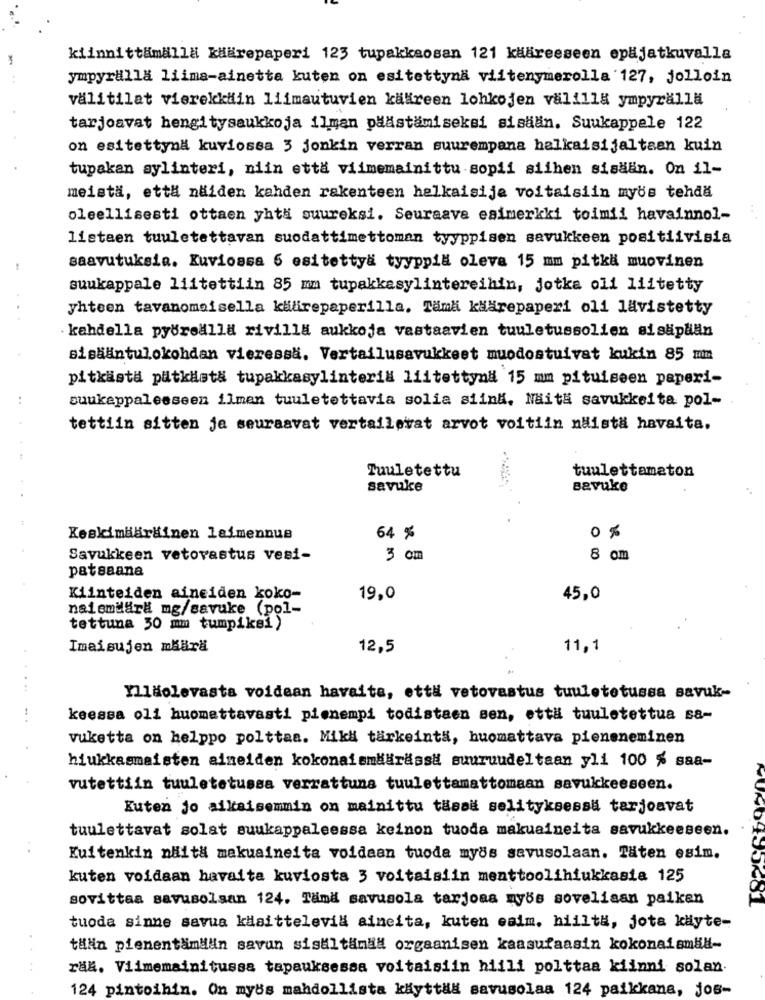
kiinnittämälla kükrepaperi 123 tupakkaosan 121 käareeseen opäjatkuvalla
ympyralla liima-ainetta kuten on esitettynä viitenymerolla 127, jolloin
välitilat vierekkiin liimautuvien kääreen lohkojen välill& ympyrällä
tarjoavat hengitysaukkoja ilman päästämiseksi sisään. Suukappele 122
on esitettynd kuviossa 3 jonkin verran suurempana halkaisijaltaan kuin
tupakan sylinteri, niin etta viimemainittu sopii siihen sisaan. On il-
meistä, että näiden kahden rakenteen helkaisije voitaisiin mybs tehdä
oleellisesti ottaen yht# suureksi. Seuraave esimerkki toimii havainnol-
listaen tuuletettavan suodattimettoman tyyppisen savukkeen positiivisia
saavutuksia. Kuviossa 6 esitettya tyyppil oleva 15 mm pitkä muovinen
suukappale liitettiin 85 mm tupakkesylintereihin, jotka oli liitetty
yhteen tavanomaisella kädirepaperilla. Tämä käärepaperi oli lavistetty
· kahdella pyörealla rivilla aukkoja vastaavien tuuletussolien sisäpliän
sisääntulokohdan vieressä. Vertailusavukkeet muodostuivat kukin 85 mm
pitkästa putkästä tupakkasylinteril liitettyn# 15 mm pituiseen paperi-
..
suukappalesseen ilmen tuuletettavia solia siind. Naitä savukkeita pol-
tettiin sitten je seuraavat vertailevat arvot voitiin naista havaita.
Tuuletettu
tuulettamaton
savuke
Bavuke
0 %
Keskimdäräinen leimennue
64 %
Savukkeen vetovastus vesi-
3 cm
8 om
patsaana
Kiinteiden ainciden koko-
19,0
45,0
nalemäärä mg/savuke (pol-
tettuna 50 mmm tumpiksi)
Imaisujen määrä
12,5
11,1
Illäolevasta voidean havaita, että vetovastus tuuletetussa savuk-
keessa oli huomattavasti pienempi todistaen sen, että tuuletettua sa-
vuketta on helppo polttaa. Mikl tärkeintä, huomattava pieneneminen
hiukkasmaisten aimeiden kokonaismääräss# suuruudeltaan yli 100 % saa-
vutettiin tuuletetussa verrattuna tuulettamattomaan savukkeeseen.
Kuten jo aikaisemmin on mainittu tasaë selityksessa tarjoavat
tuulettavat solat suukappaleessa keinon tuoda makuaineita savukkeeseen.
Kuitenkin niitä makuaineita voldaan tuoda myös savusolaan. Täten esim.
kuten voldaan havaita kuviosta 3 voltaisiin menttoolihiukkasia 125
sovittaa savusolsan 124. Tämä savusola tarjoaa myös sovelisan paiken
tuoda sinne savua kisittelevil aineita, kuten eaim. hiilta, jota käyte-
täNin pienentamdin savun sisultanaa orgaanisen kaasufaasin kokonaismäl-
raa. Viimemainitussa tapauksessa voitaisiin hiili polttaa kiinni solan.
124 pintoihin. On myös mahdollista käyttää savusolaa 124 paikkana, jos-